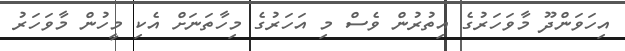
އިހަވަންދޫ މާވަަހަރުގެ އިތުރުން ވެސް މި އަަހަރުގެ މިހާތަނަށް އެކި މީހުން މާވަހަރު